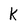
Character: k